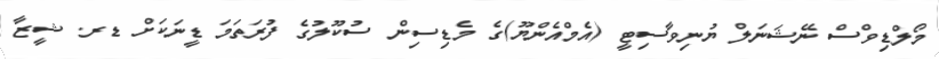
މޯލްޑިވްސް ނޭޝަނަލް ޔުނިވާސިޓީ (އެމްއެންޔޫ)ގެ މެޑިސިން ސުކޫލުގެ ފުރަތަމަ ޑީނަކަށް ޑރ. ޝީޒާ